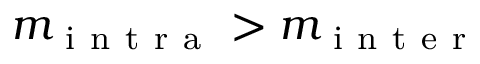
m _ { \mathrm { ~ i ~ n ~ t ~ r ~ a ~ } } > m _ { \mathrm { ~ i ~ n ~ t ~ e ~ r ~ } }